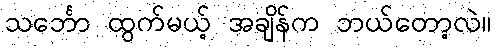
သင်္ဘော ထွက်မယ့် အချိန်က ဘယ်တော့လဲ။